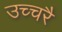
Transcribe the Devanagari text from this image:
उच्‍चरै